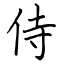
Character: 侍